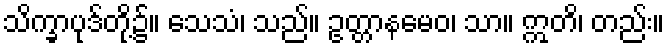
သိက္ခာပုဒ်တို့၌။ သေသံ၊ သည်။ ဥတ္တာနမေဝ၊ သာ။ ဣတိ၊ တည်း။